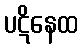
ပဋိနေထ